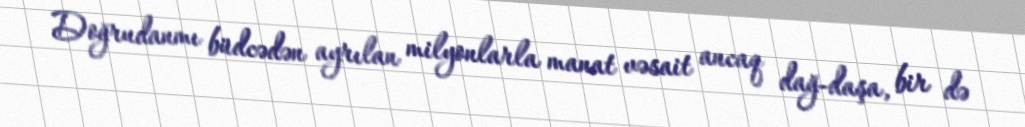
Doğrudanmı büdcədən ayrılan milyonlarla manat vəsait ancaq dağ-daşa, bir də